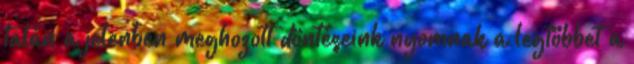
talán a jelenben meghozott döntéseink nyomnak a legtöbbet a